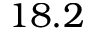
1 8 . 2